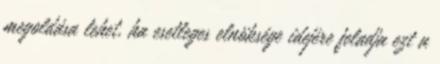
megoldása lehet, ha esetleges elnöksége idejére feladja ezt a